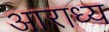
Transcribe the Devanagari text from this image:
अाराध्य